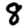
Digit: 8